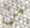
من